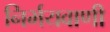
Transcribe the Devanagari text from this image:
निर्भयवाणी